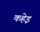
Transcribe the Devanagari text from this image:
कहेइ